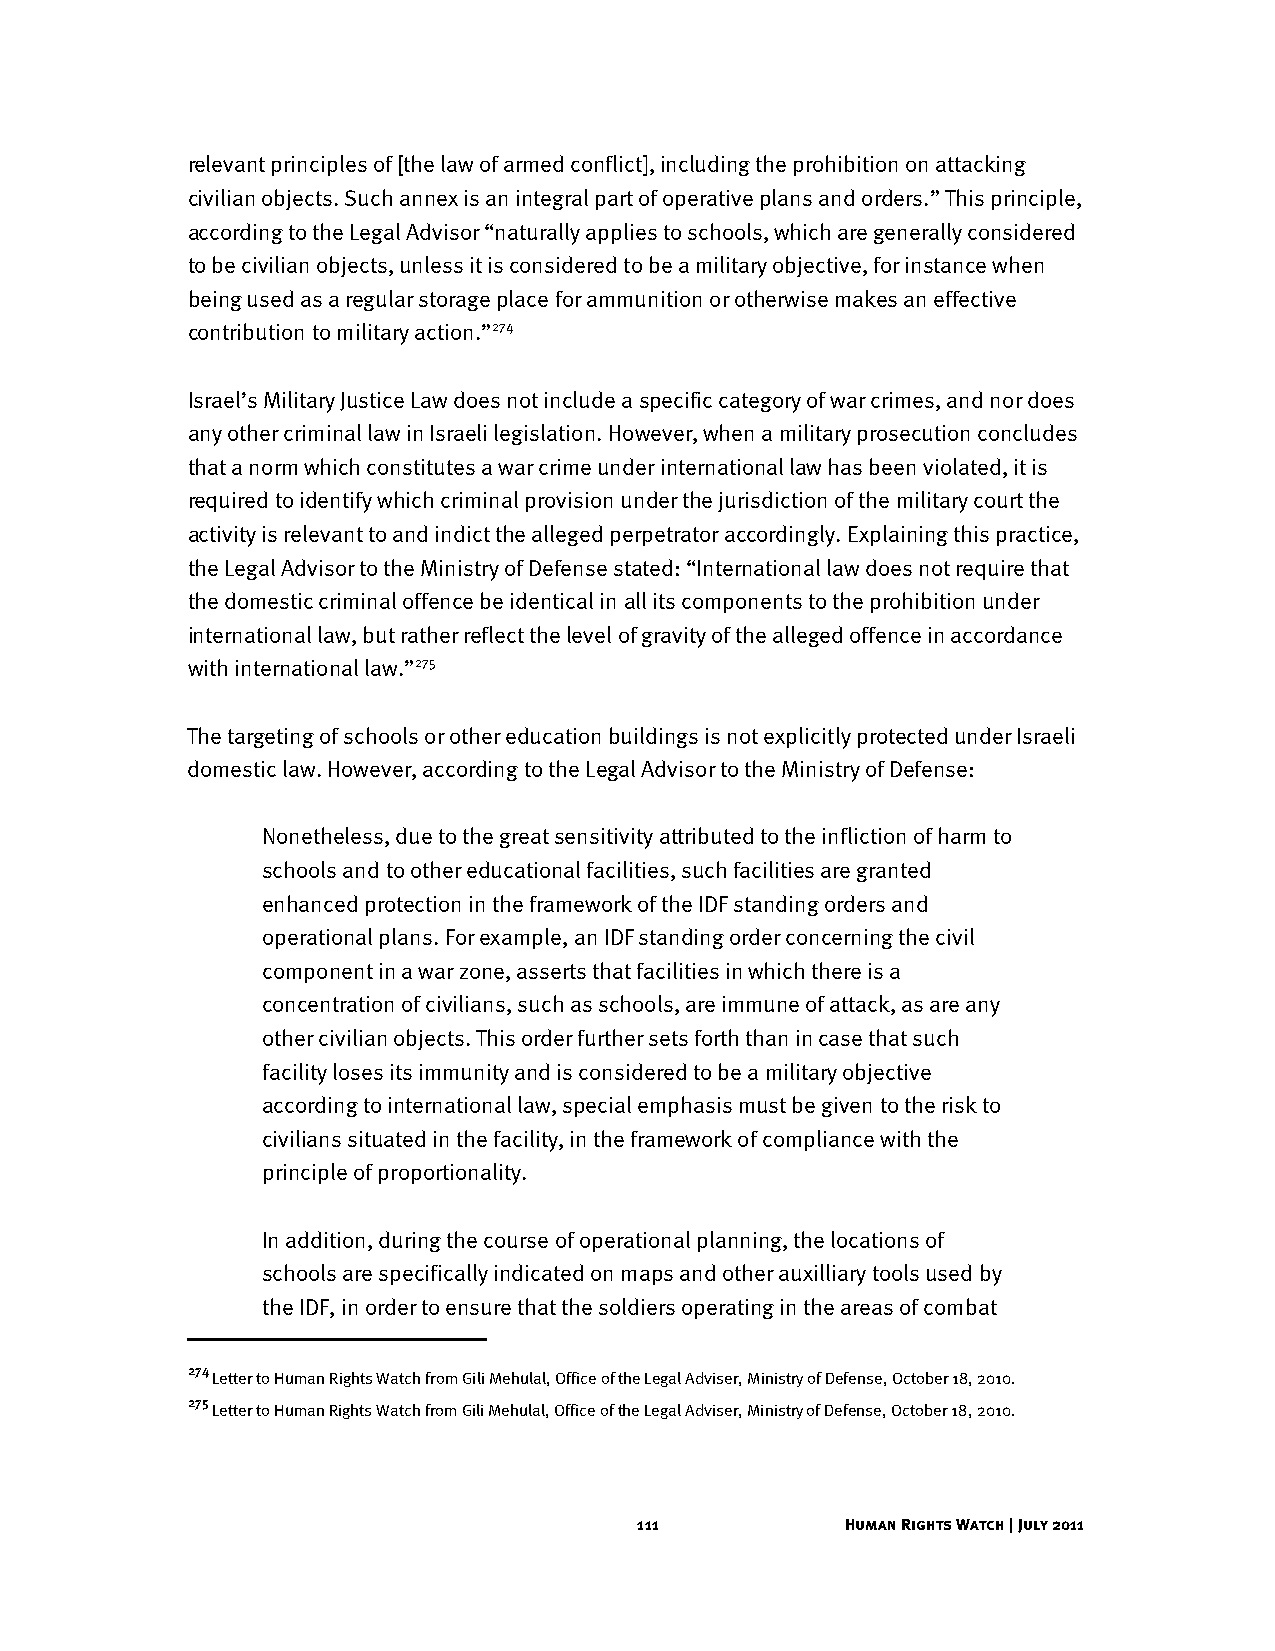
relevant principles of [the law of armed conflict], including the prohibition on attacking
 civilian objects. Such annex is an integral part of operative plans and orders.” This principle,
 according to the Legal Advisor “naturally applies to schools, which are generally considered
 to be civilian objects, unless it is considered to be a military objective, for instance when
 being used as a regular storage place for ammunition or otherwise makes an effective
 contribution to military action.”274
 Israel’s Military Justice Law does not include a specific category of war crimes, and nor does
 any other criminal law in Israeli legislation. However, when a military prosecution concludes
 that a norm which constitutes a war crime under international law has been violated, it is
 required to identify which criminal provision under the jurisdiction of the military court the
 activity is relevant to and indict the alleged perpetrator accordingly. Explaining this practice,
 the Legal Advisor to the Ministry of Defense stated: “International law does not require that
 the domestic criminal offence be identical in all its components to the prohibition under
 international law, but rather reflect the level of gravity of the alleged offence in accordance
 with international law.”275
 The targeting of schools or other education buildings is not explicitly protected under Israeli
 domestic law. However, according to the Legal Advisor to the Ministry of Defense:
 Nonetheless, due to the great sensitivity attributed to the infliction of harm to
 schools and to other educational facilities, such facilities are granted
 enhanced protection in the framework of the IDF standing orders and
 operational plans. For example, an IDF standing order concerning the civil
 component in a war zone, asserts that facilities in which there is a
 concentration of civilians, such as schools, are immune of attack, as are any
 other civilian objects. This order further sets forth than in case that such
 facility loses its immunity and is considered to be a military objective
 according to international law, special emphasis must be given to the risk to
 civilians situated in the facility, in the framework of compliance with the
 principle of proportionality.
 In addition, during the course of operational planning, the locations of
 schools are specifically indicated on maps and other auxilliary tools used by
 the IDF, in order to ensure that the soldiers operating in the areas of combat
 274
 Letter to Human Rights Watch from Gili Mehulal, Office of the Legal Adviser, Ministry of Defense, October 18, 2010.
 275
 Letter to Human Rights Watch from Gili Mehulal, Office of the Legal Adviser, Ministry of Defense, October 18, 2010.
 111           Human Rights Watch | July 2011